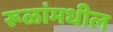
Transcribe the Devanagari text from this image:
रूळांमधील